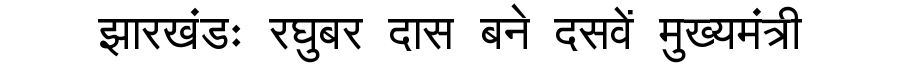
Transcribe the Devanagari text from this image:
झारखंडः रघुबर दास बने दसवें मुख्यमंत्री